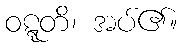
ဝဋ္ဋတိ၊ အပ်၏။